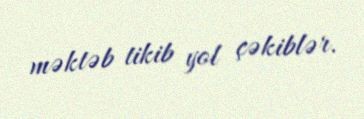
məktəb tikib yol çəkiblər.